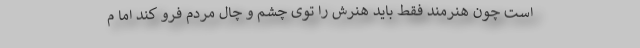
است چون هنرمند فقط باید هنرش را توی چشم‌ و چال مردم فرو کند اما م